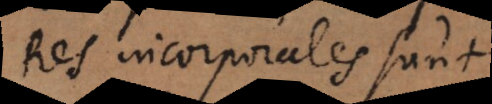
Res incorporales sunt